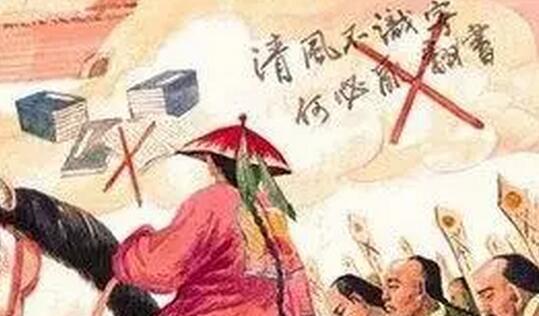
坑灰未冷山东乱，刘项原来不读书。